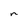
Character: n